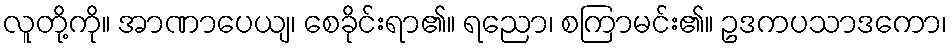
လူတို့ကို။ အာဏာပေယျ၊ စေခိုင်းရာ၏။ ရညော၊ စကြာမင်း၏။ ဥဒကပသာဒကော၊